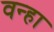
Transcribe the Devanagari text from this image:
वन्हा